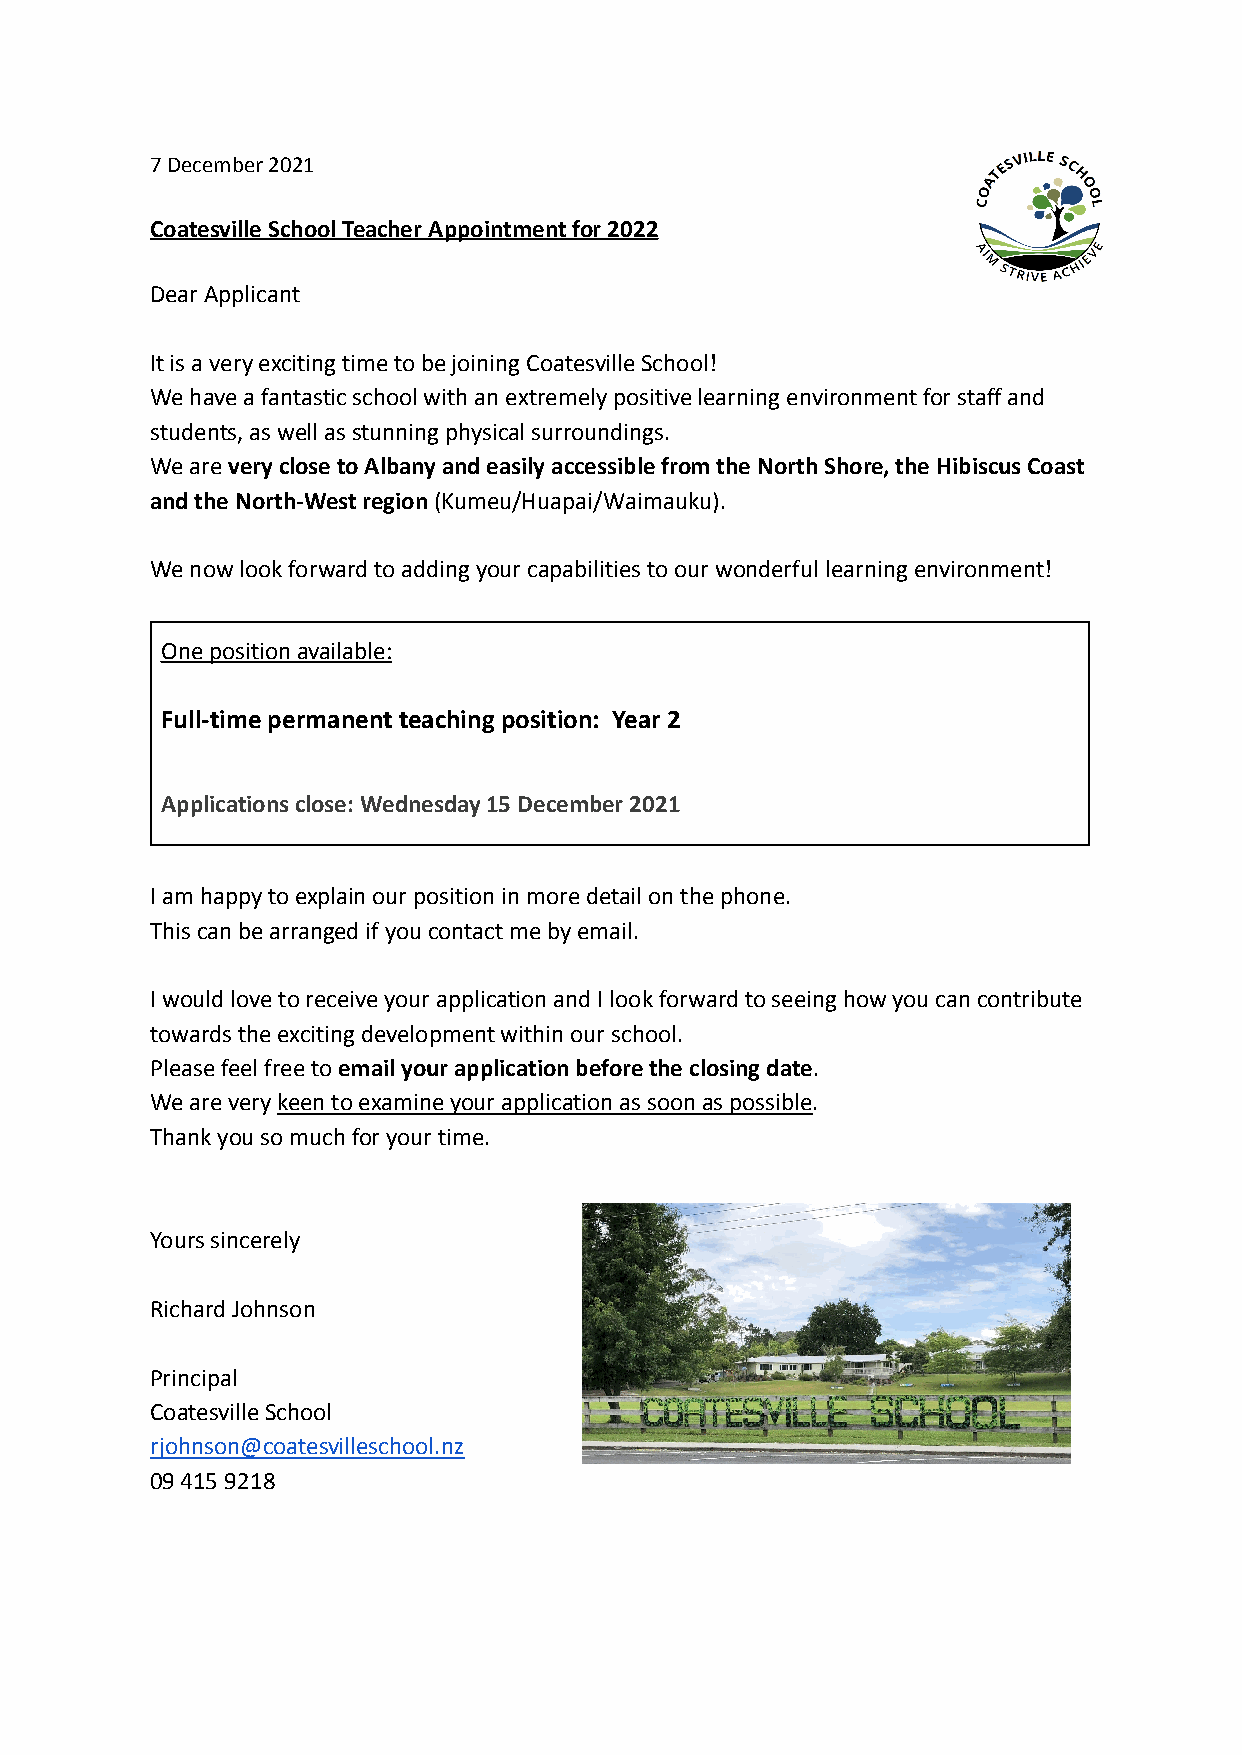
7 December 2021
 Coatesville School Teacher Appointment for 2022
 Dear Applicant
 It is a very exciting time to be joining Coatesville School!
 We have a fantastic school with an extremely positive learning environment for staff and
 students, as well as stunning physical surroundings.
 We areveryclose to Albany and easily accessiblefrom the North Shore, the Hibiscus Coast
 and the North-West region(Kumeu/Huapai/Waimauku).
 We now look forward to adding your capabilities to our wonderful learning environment!
 One position available:
 Full-time permanent teaching position: Year 2
 Applications close: Wednesday 15 December 2021
 I am happy to explain our position in more detail on the phone.
 This can be arranged if you contact me by email.
 I would love to receive your application and I look forward to seeing how you can contribute
 towards the exciting development within our school.
 Please feel free toemail your application beforethe closing date.
 We are verykeen to examine your application as soonas possible.
 Thank you so much for your time.
 Yours sincerely
 Richard Johnson
 Principal
 Coatesville School
 rjohnson@coatesvilleschool.nz
 09 415 9218